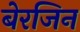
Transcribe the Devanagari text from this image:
बेरजिन